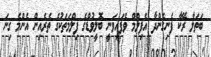
ބަތަލާ ރޭކާ ފެނިގެންދާ އެފިލްމް ވެފައިވަނީ ބޮލީވުޑްގެ ފިލްމަތަކުގެ ތެރެއިން އެންމެ ގިނަ